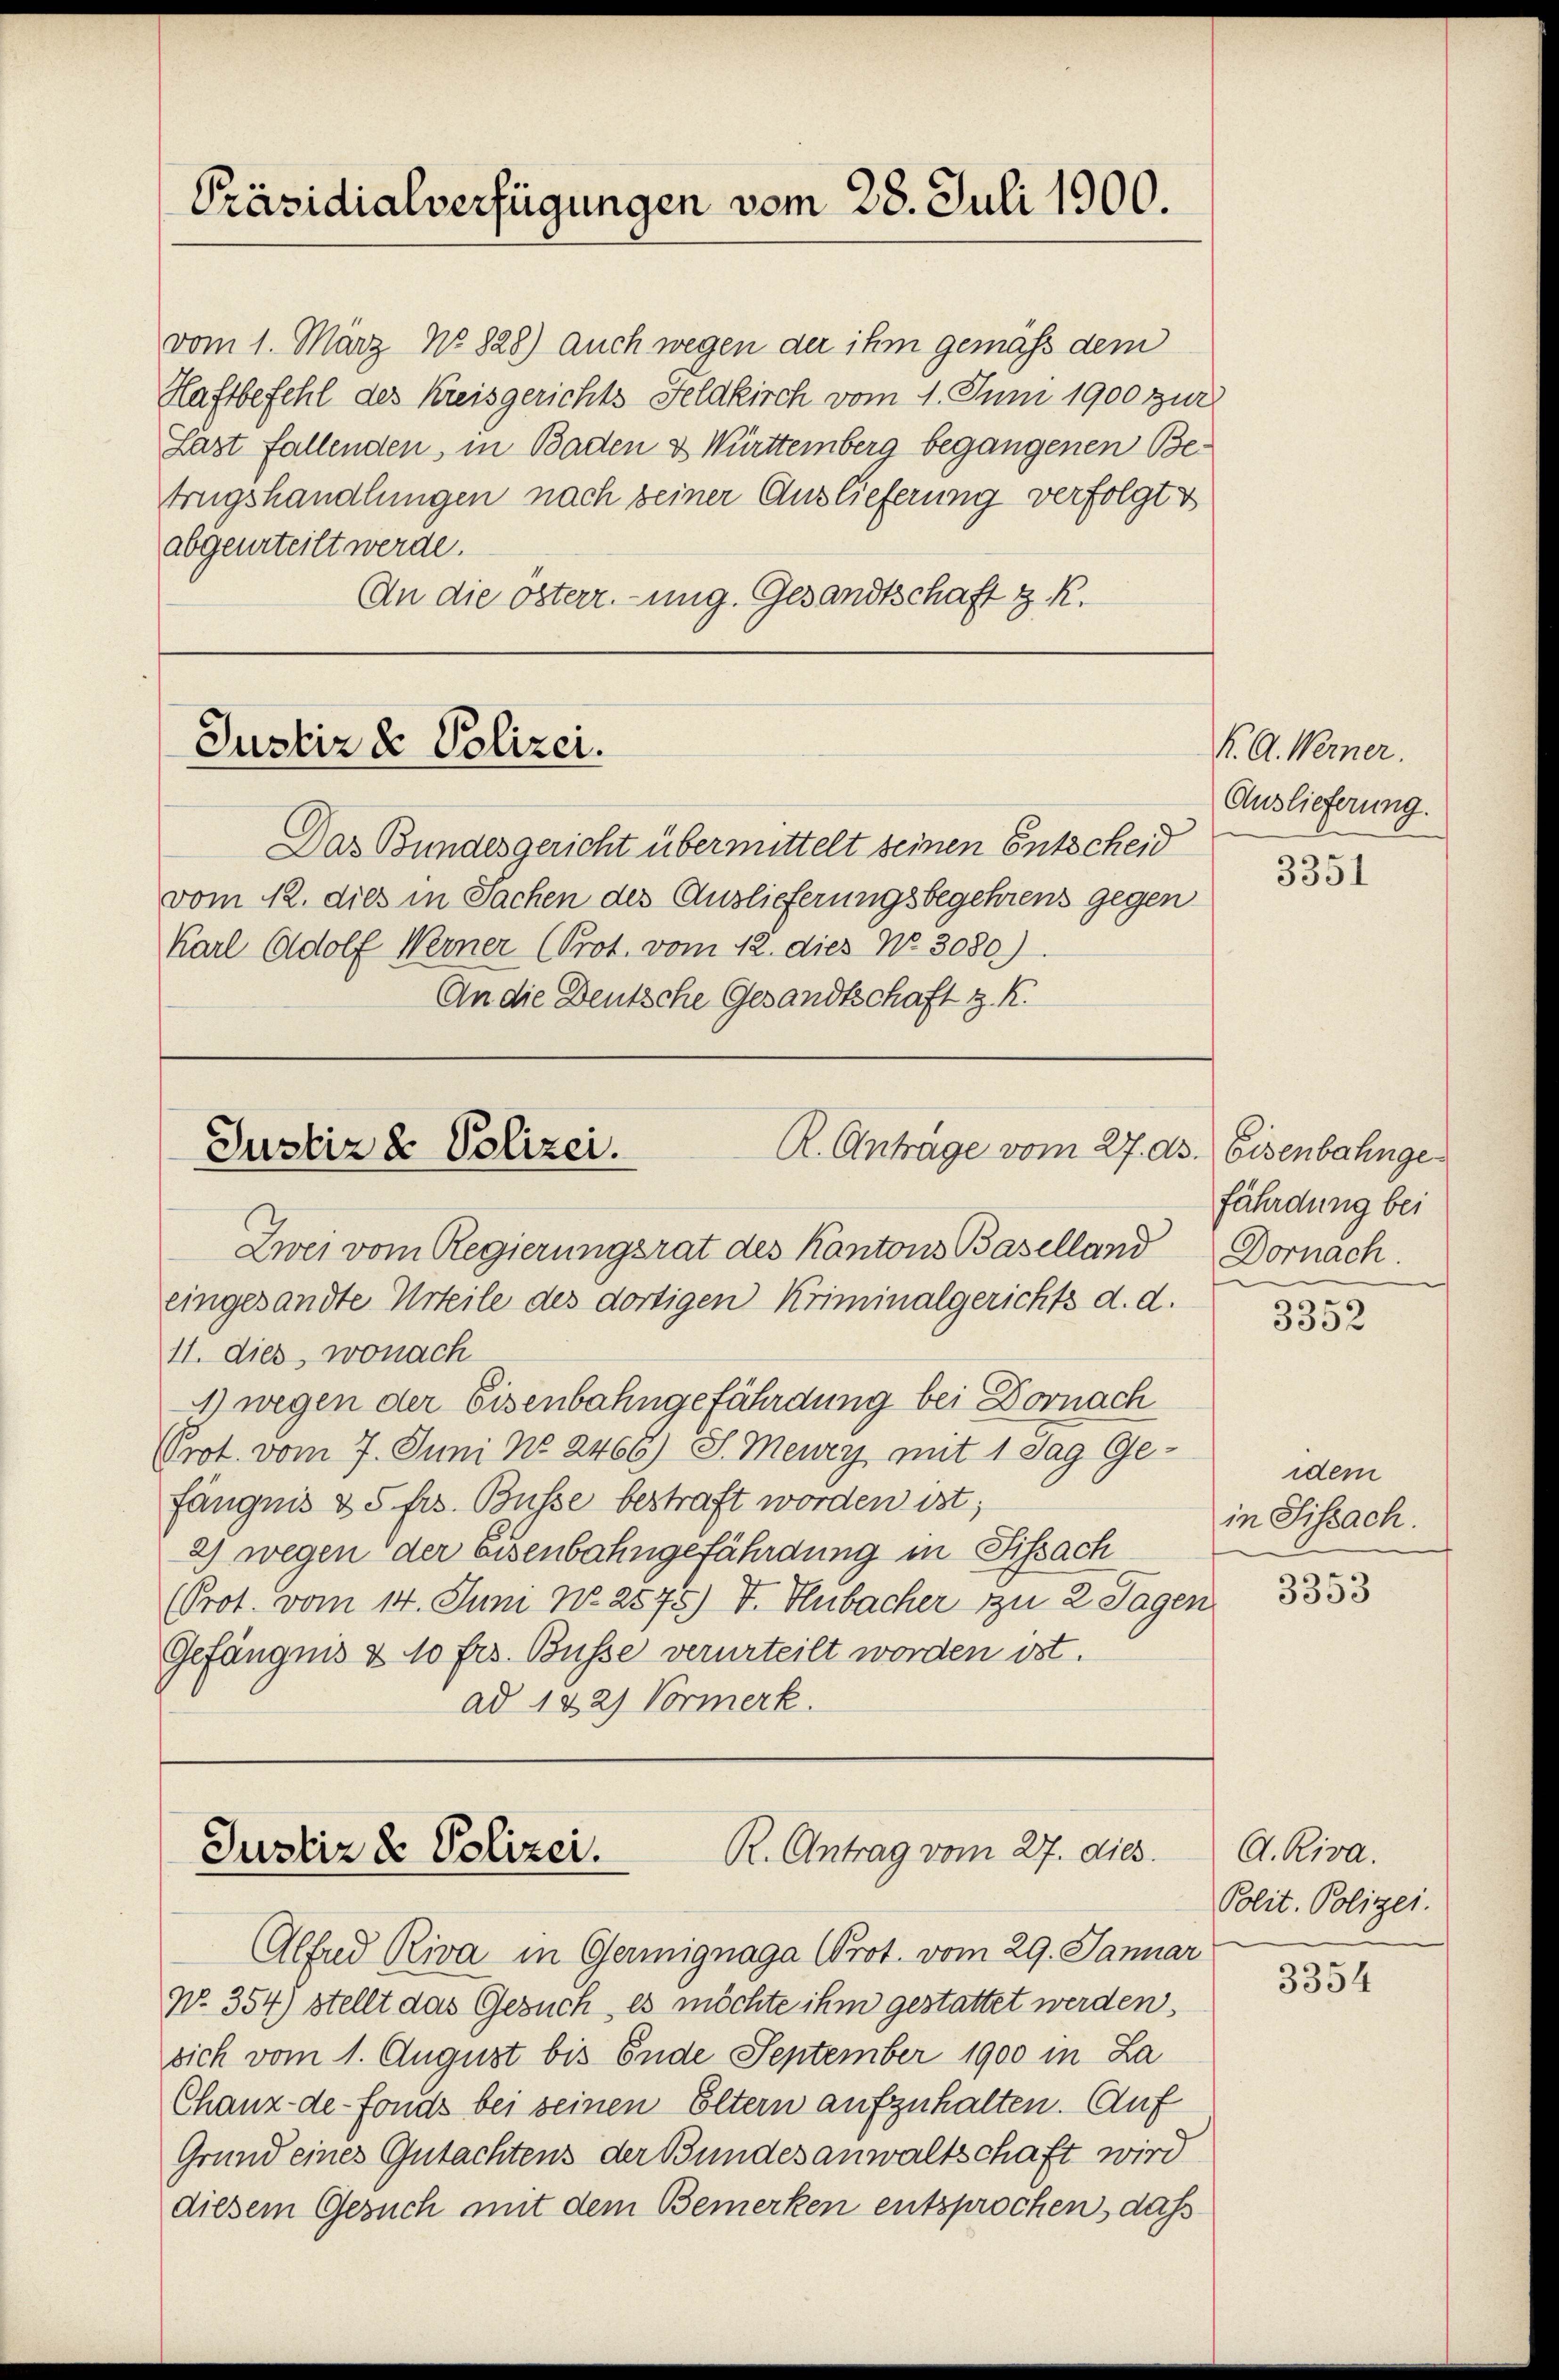
Präsidialverfügungen vom 28. Juli 1900.

vom 1. März No. 828) auch wegen der ihm gemass dem
Haftbefehl des Kreisgerichts Feldkirch vom 1. Juni 1900 zur
Last fallenden, in Baden & Württemberg begangenen Betrugshandlungen nach seiner Auslieferung verfolgt v
abgeurteilt werde.
An die österr.-ung. Gesandtschaft z. R.

Justiz & Polizei.

Das Bundesgericht übermittelt seinen Entscheid
vom 12. dies in Sachen des Auslieferungsbegehrens gegen
Karl Adolf Werner (Prot. vom 12. dies No. 3080)
An die Deutsche Gesandtschaft z. K.

R. Antrage vom 27. d.
Justiz & Polizei.

Zwei vom Regierungsrat des Kantons Baselland Dornach.

R. Antrag vom 27. dies
Justiz & Polizei.

eingesandte Urteile des dortigen Kriminalgerichts d. d.
11. dies, wonach
1 wegen der Eisenbahngefährdung bei Dornach
Prot. vom 7. Juni No 2466) S. Mewey, mit 1 Tag Gefängnis & 5 frs. Busse bestraft worden ist;
2) wegen der Eisenbahngefährdung in Fissach
(Prot. vom 14. Juni No 2575) V. Hubacher zu 2 Tagen
Gefängnis & 10 frs. Busse verurteilt worden ist.
ad 122) Vormerk.

Alfred Riva in Germignaga (Prot. vom 29. Januar
No. 354) stellt das Gesuch, es möchte ihm gestattet werden,
sich vom 1. August bis Ende September 1900 in La
Chanz-de-Fonds bei seinen Eltern aufzuhalten. Auf
Grund eines Gutachtens der Bundesanwaltschaft wird
diesem Gesuch mit dem Bemerken entsprochen, das

K. A. Werner.
Auslieferung.

3351

3. Eisenbahnge
fährdung bei

3352

idem
in Sissach.

3353

A. Riva.
Polit. Polizei.

3354